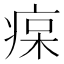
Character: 𤶭